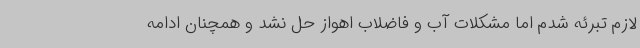
لازم تبرئه شدم اما مشکلات آب و فاضلاب اهواز حل نشد و همچنان ادامه